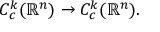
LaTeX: C _ { c } ^ { k } ( \mathbb { R } ^ { n } ) \to C _ { c } ^ { k } ( \mathbb { R } ^ { n } ) .